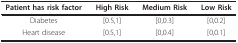
<table><thead><tr><td><b>Patient has risk factor</b></td><td><b>High Risk</b></td><td><b>Medium Risk</b></td><td><b>Low Risk</b></td></tr></thead><tbody><tr><td>Diabetes</td><td>[0.5,1]</td><td>[0,0.3]</td><td>[0,0.2]</td></tr><tr><td>Heart disease</td><td>[0.5,1]</td><td>[0,0.4]</td><td>[0,0.1]</td></tr></tbody></table>